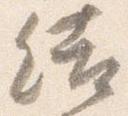
結